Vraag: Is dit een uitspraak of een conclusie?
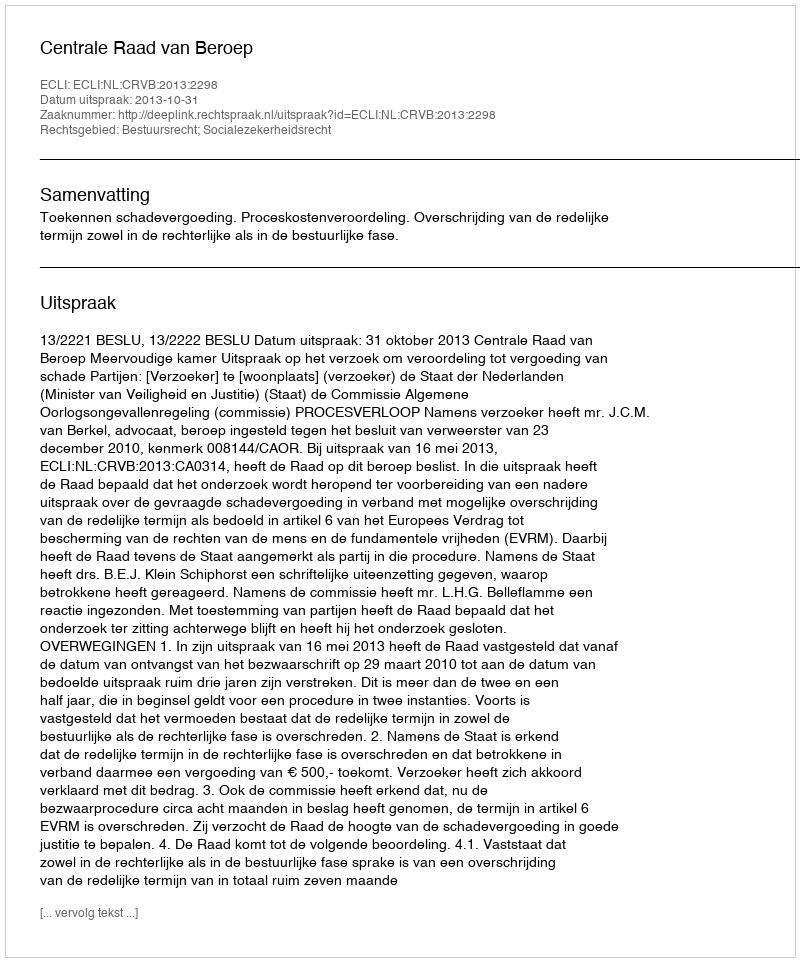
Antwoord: Uitspraak